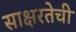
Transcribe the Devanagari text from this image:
साक्षरतेची